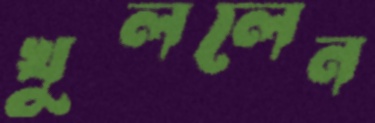
খুললেন